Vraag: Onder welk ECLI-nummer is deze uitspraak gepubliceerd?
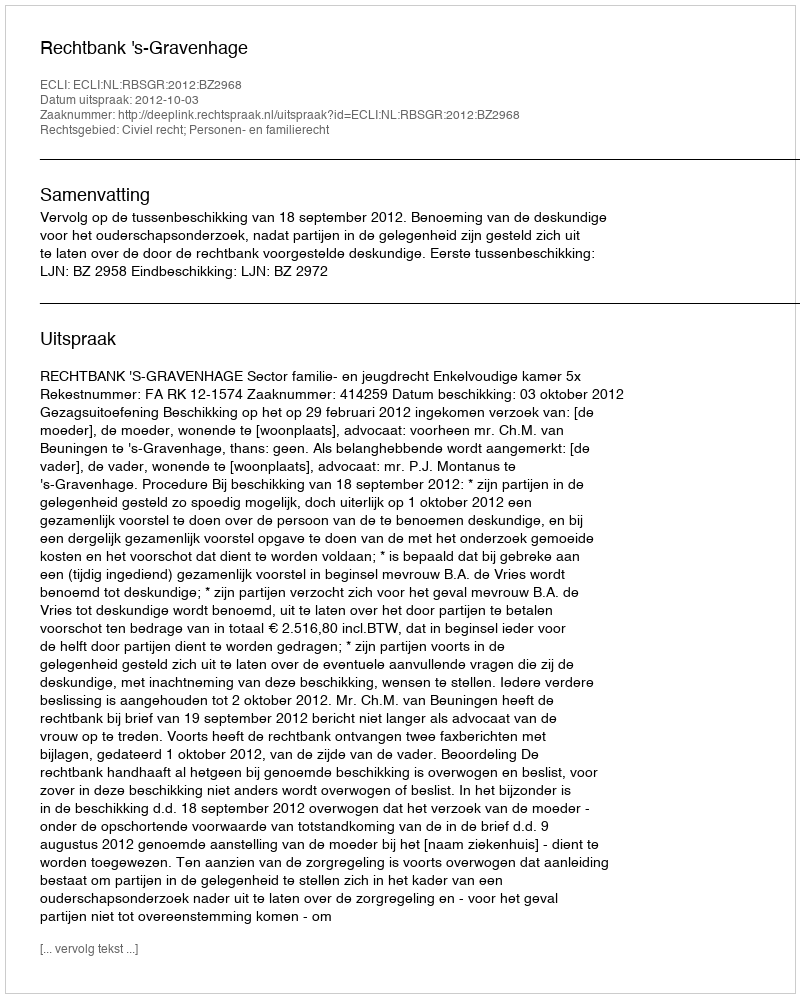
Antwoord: ECLI:NL:RBSGR:2012:BZ2968